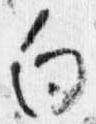
向